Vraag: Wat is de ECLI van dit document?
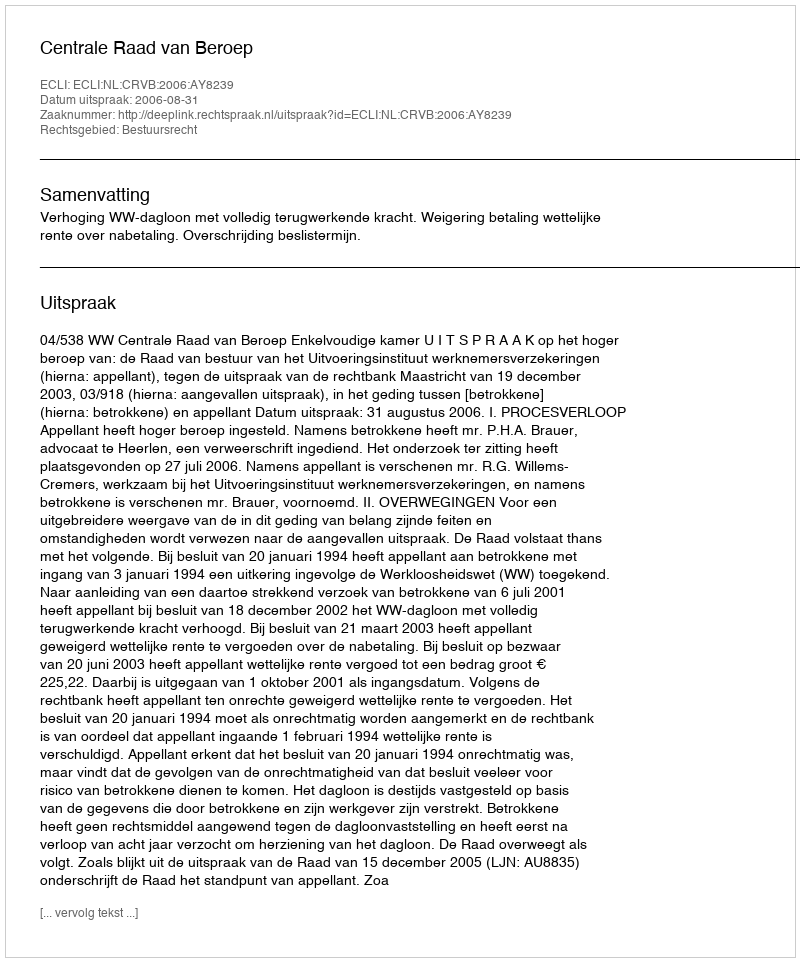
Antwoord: ECLI:NL:CRVB:2006:AY8239